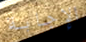
الإجابة